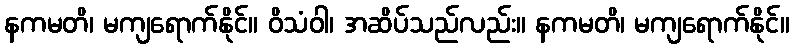
နကမတိ၊ မကျရောက်နိုင်။ ဝိသံဝါ၊ အဆိပ်သည်လည်း။ နကမတိ၊ မကျရောက်နိုင်။